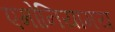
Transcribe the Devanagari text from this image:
एमोनियामय